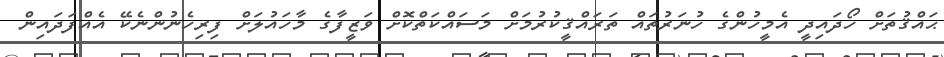
ޙައްޤުތަށް ހޯދައިދީ އެމީހުންގެ ހުނަރުތައް ތަރައްޤީކުރުމަށް މަސައްކަތްކޮށް ވަޒީފާގެ މާހައުލަށް ފިރިހެނުންނެކޭ އެއްފަދައިން